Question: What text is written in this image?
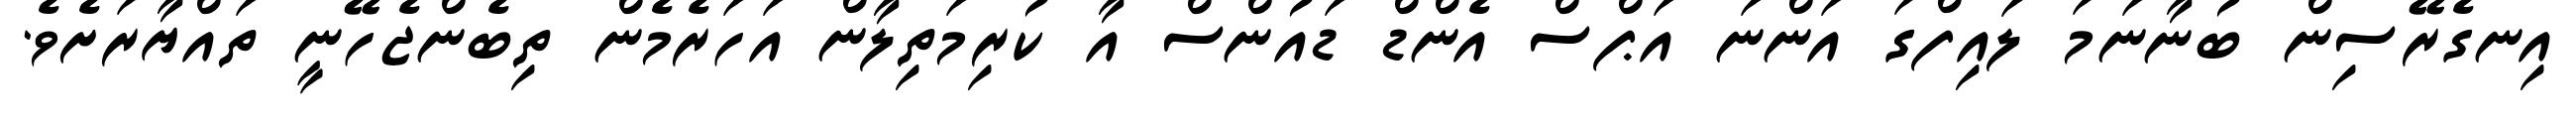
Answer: އިނގެރޭސިން ބުނާނަމަ ލައިފްގަ އަންނަ އަޕްސް އެންޑް ޑައުންސް އާ ކުރިމަތިލާން އަހަރެމެން ތިބެންޖެހޭނީ ތައްޔާރަށެވެ.